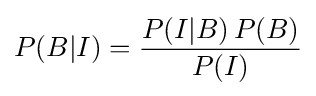
P(B|I)={\frac {P(I|B)\,P(B)}{P(I)}}